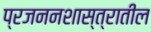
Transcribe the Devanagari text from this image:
प्रजननशास्त्रातील